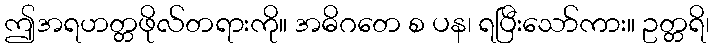
ဤအရဟတ္တဖိုလ်တရားကို။ အဓိဂတေ စ ပန၊ ရပြီးသော်ကား။ ဥတ္တရိ၊